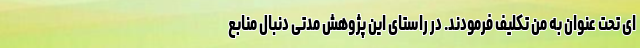
ای تحت عنوان به من تکلیف فرمودند. در راستای این پژوهش مدتی دنبال منابع